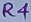
Text: R4